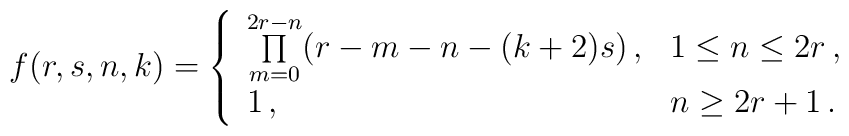
f(r,s,n,k)=\left\{    \begin{array}{ll}      \prod\limits_{m=0}^{2r-n}(r-m-n-(k+2)s)\,,&1\leq n\leq2r\,,\\      1\,,&n\geq2r+1\,.    \end{array}  \right.